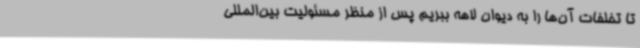
تا تخلفات آن‌ها را به دیوان لاهه ببریم پس از منظر مسئولیت بین‌المللی